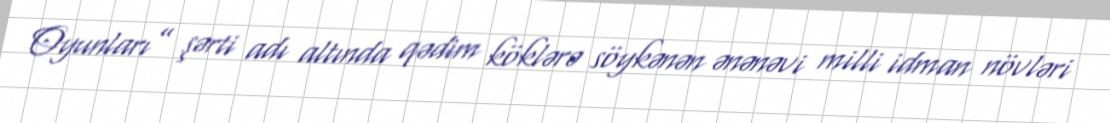
Oyunları” şərti adı altında qədim köklərə söykənən ənənəvi milli idman növləri